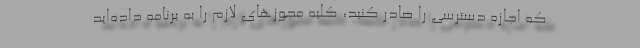
که اجازه دسترسی را صادر کنید، کلیه مجوزهای لازم را به برنامه داده‌اید